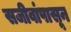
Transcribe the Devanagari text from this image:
सजीवांपासून